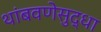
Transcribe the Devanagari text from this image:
थांबवणेसुद्धा